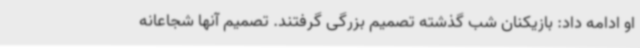
او ادامه داد: بازیکنان شب گذشته تصمیم بزرگی گرفتند. تصمیم آنها شجاعانه